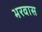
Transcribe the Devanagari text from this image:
भरवास